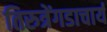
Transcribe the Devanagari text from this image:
तिरुत्रेंगडाचार्य